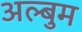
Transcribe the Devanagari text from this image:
अल्बुम